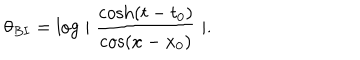
\theta _ { B I } = \log \mid \frac { \cosh ( t - t _ { 0 } ) } { \cos ( x - x _ { 0 } ) } \mid .